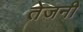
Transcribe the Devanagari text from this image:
तेजनी